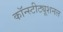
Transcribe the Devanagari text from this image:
कॉन्स्टीट्यूशनल